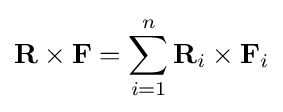
\mathbf {R} \times \mathbf {F} =\sum _{i=1}^{n}\mathbf {R} _{i}\times \mathbf {F} _{i}